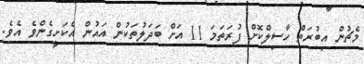
މެޗުން އިބުރަތް ހާސިލްކޮށް ފުރަތަމަ 11 އަށް ބަދަލުތަކުން އައުން އެކަށީގެންވެ އެވެ.